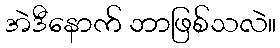
အဲဒီနောက် ဘာဖြစ်သလဲ။